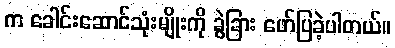
က ခေါင်းဆောင်သုံးမျိုးကို ခွဲခြား ဖော်ပြခဲ့ပါတယ်။